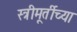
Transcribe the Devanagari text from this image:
स्त्रीमूर्तीच्या